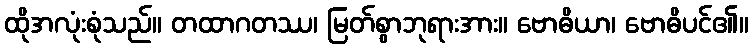
ထိုအလုံးစုံသည်။ တထာဂတဿ၊ မြတ်စွာဘုရားအား။ ဗောဓိယာ၊ ဗောဓိပင်၏။